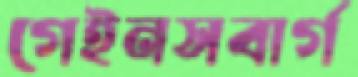
গেইনসবার্গ